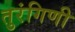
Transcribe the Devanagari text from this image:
तुरंगिणी